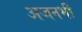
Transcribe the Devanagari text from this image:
अजनभी